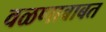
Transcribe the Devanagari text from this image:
वळणाबाबत